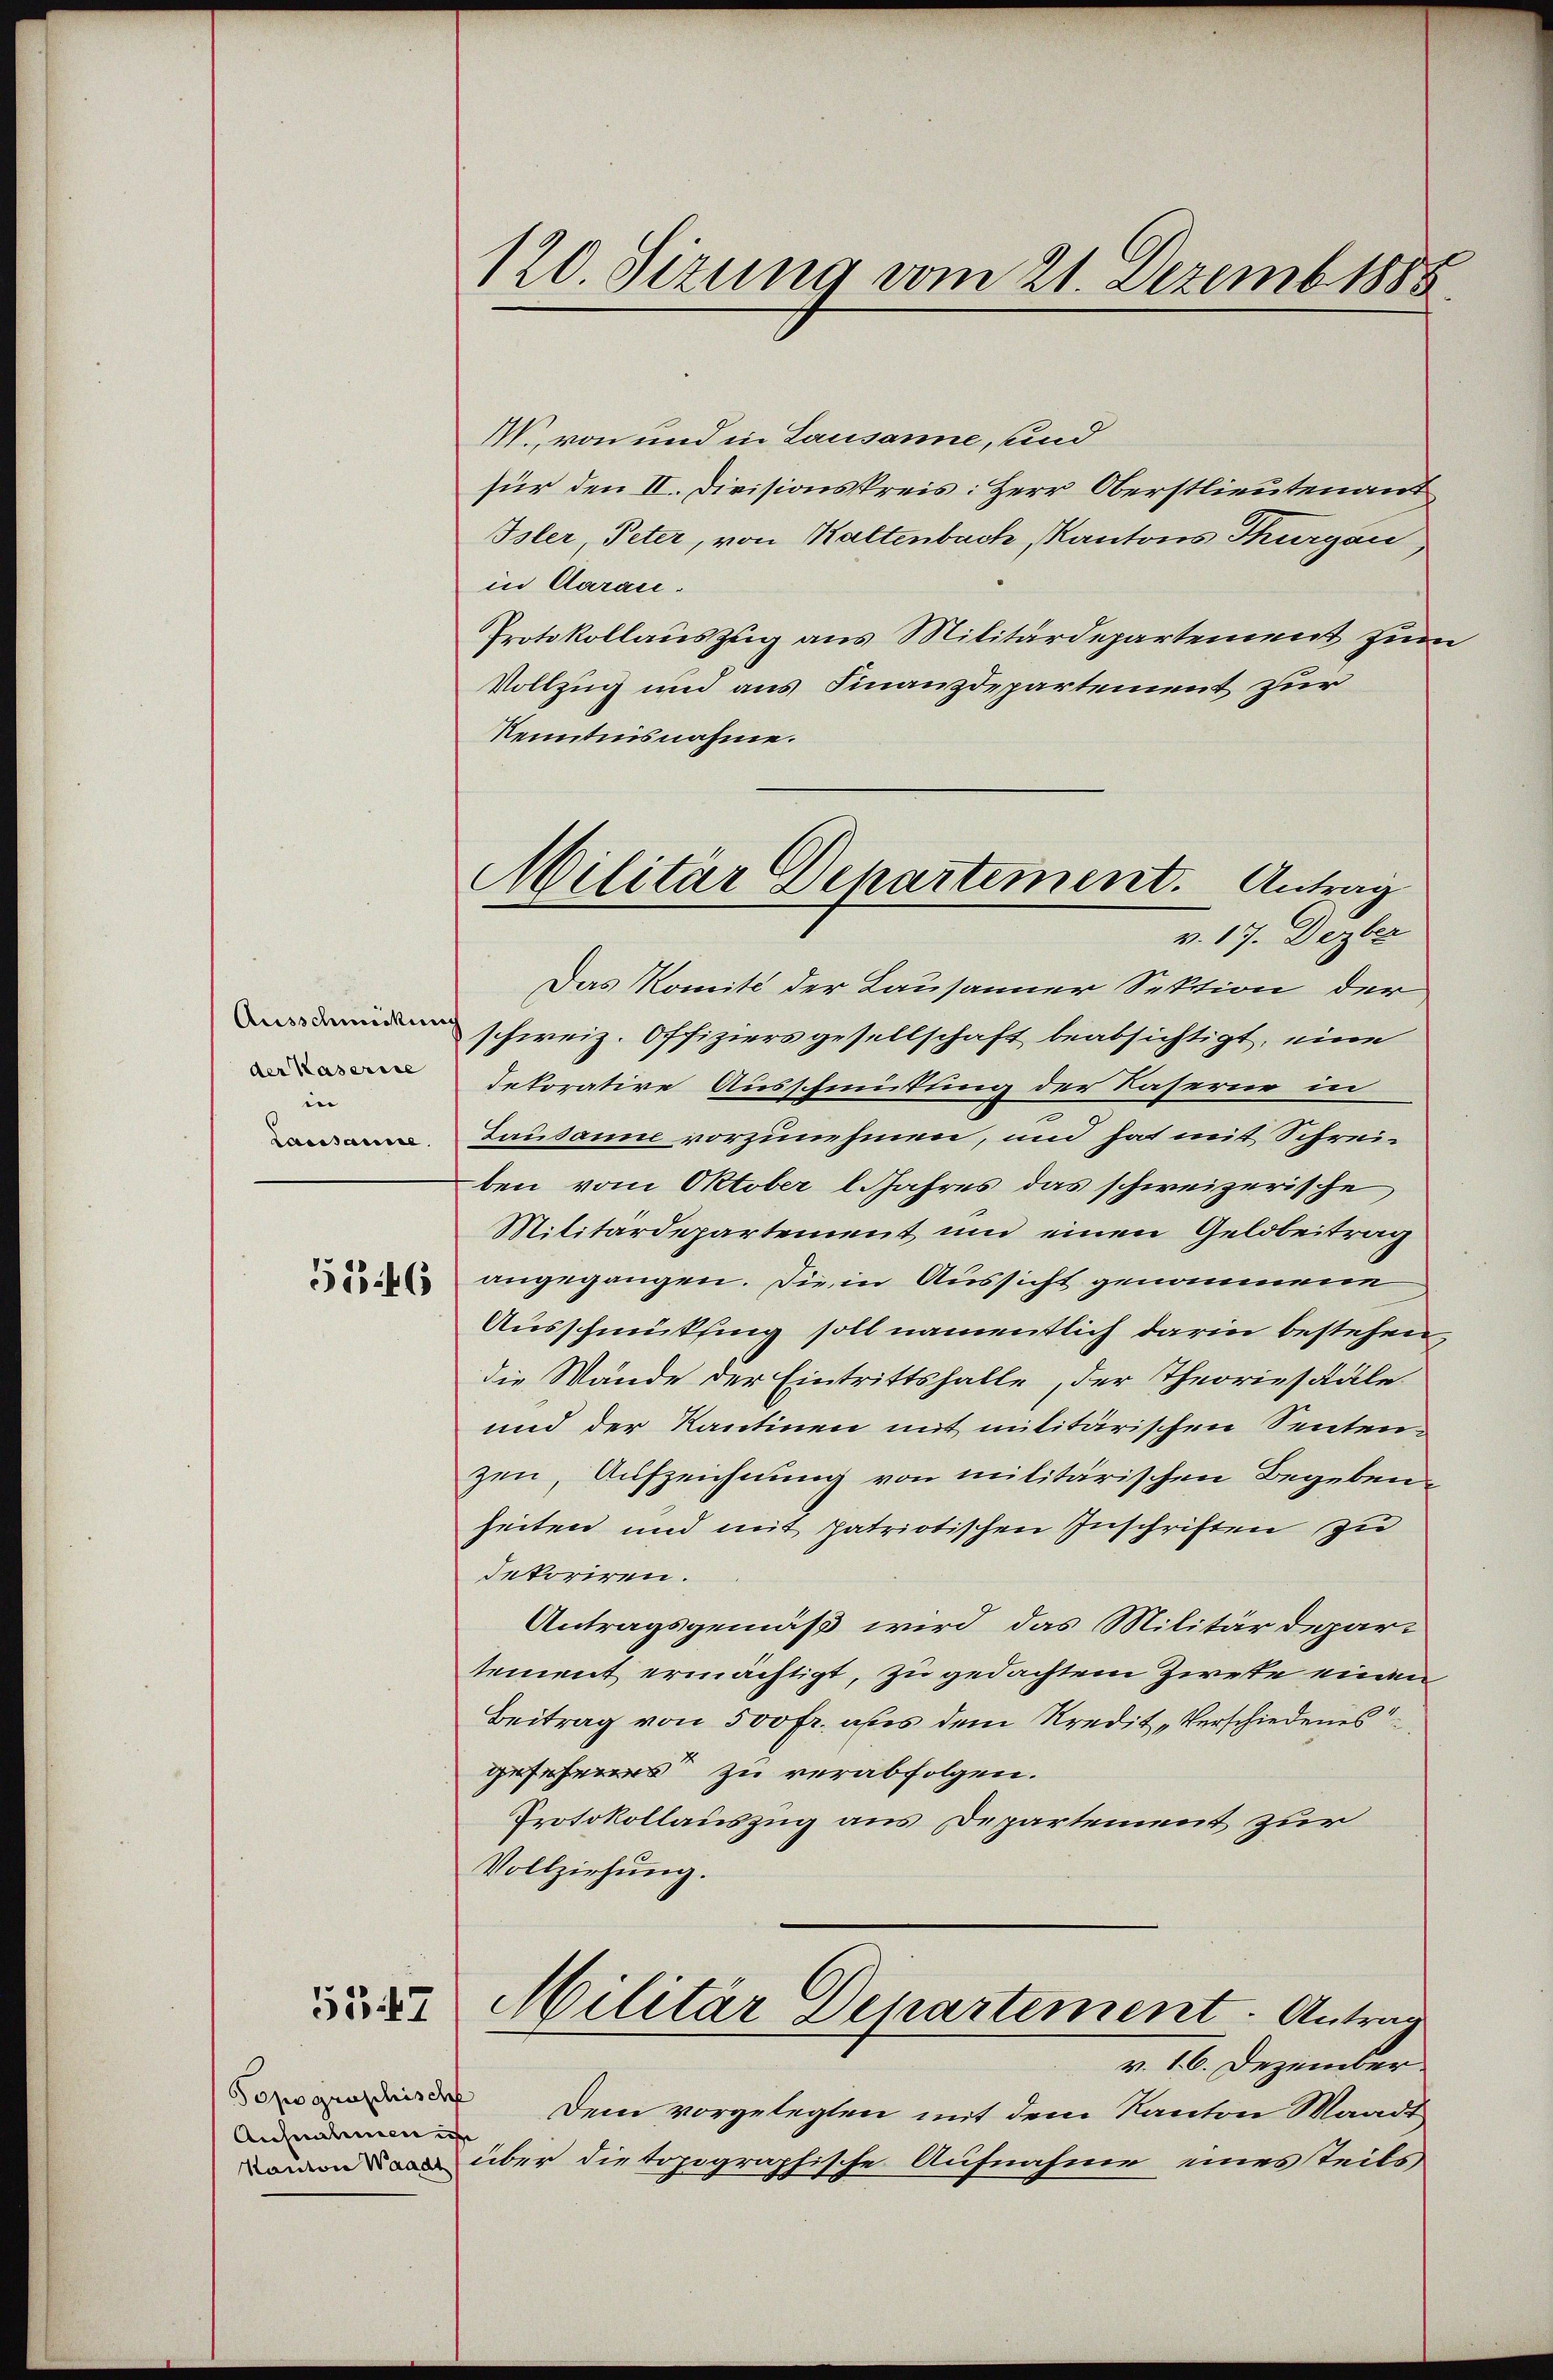
Ausschmeien
der Kaserire
e
Lausanne.

5546

5547

120. Sizung vom 21. Dezemb. 1885

Ausnahmen i

Militär Departement. Antrag
v. 17. Dezber

I., von und in Lausanne, und
für den II. Divisionskreis: Herr Oberstlieutenant
Isler, Peter, von Kaltenbach, Kantons Thurgau,
in Aarau
Protokollauszug aus Militärdepartement zum
Vollzug und aus Finanzdepartement zur
Kenntnisnahme.
Das Komité der Lausanner Sektion der
schweiz. Offiziersgesellschaft beabsichtigt, eine
dekorative Ausschmütung der Kaserne in
Lausanne vorzunehmen, und hat mit Schreiben vom Oktober l. Jahres das schweizerische
Militärdepartement und einen Geldbeitrag
angegangen. Die in Aussicht genommene
Ausschmükfing soll namentlich darin bestehen,
die Wände der Eintrittshalle, der Theoriestäle
und der Kantinen mit militärischen Sentenzen, Aufzeichnung von militärischen Begebenheiten und mit patriotischen Inschriften zu
dekoriren.
Antragsgemäß wird das Militärdepartement ermächtigt, zu gedachtem Zwete einen
Beitrag von 500 fr. aus dem Kredit „Verschiedenes
gesehens zu verabfolgen.
Protokollauszug aus Departement zur
Vollziehung.
Militär Departement. Antrag
v. 16. Dezember
 Dem vorgelegten mit dem Kanton Waadt
n über die topographische Aufnahme eines teils